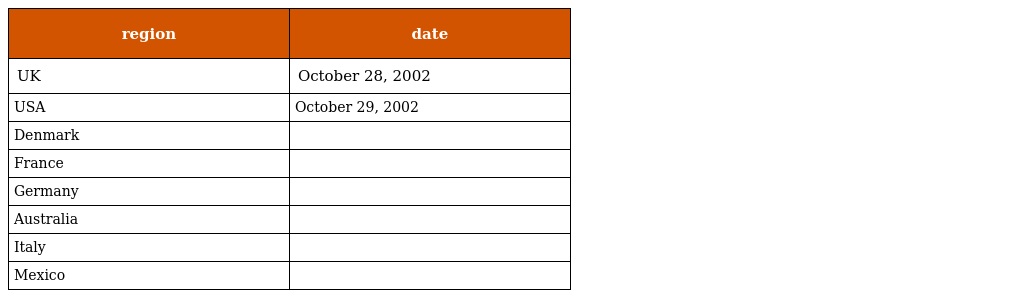
| region | date |
 | --- | --- |
 | UK | October 28, 2002 |
 | USA | October 29, 2002 |
 | Denmark |  |
 | France |  |
 | Germany |  |
 | Australia |  |
 | Italy |  |
 | Mexico |  |